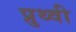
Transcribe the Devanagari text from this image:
प्रुथ्वी